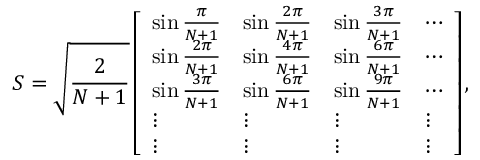
S = \sqrt { \frac { 2 } { N + 1 } } \left[ \begin{array} { l l l l } { \sin \frac { \pi } { N + 1 } } & { \sin \frac { 2 \pi } { N + 1 } } & { \sin \frac { 3 \pi } { N + 1 } } & { \cdots } \\ { \sin \frac { 2 \pi } { N + 1 } } & { \sin \frac { 4 \pi } { N + 1 } } & { \sin \frac { 6 \pi } { N + 1 } } & { \cdots } \\ { \sin \frac { 3 \pi } { N + 1 } } & { \sin \frac { 6 \pi } { N + 1 } } & { \sin \frac { 9 \pi } { N + 1 } } & { \cdots } \\ { \vdots } & { \vdots } & { \vdots } & { \vdots } \\ { \vdots } & { \vdots } & { \vdots } & { \vdots } \end{array} \right] ,